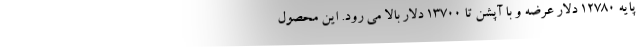
پایه 12780 دلار عرضه و با آپشن تا 13700 دلار بالا می رود. این محصول